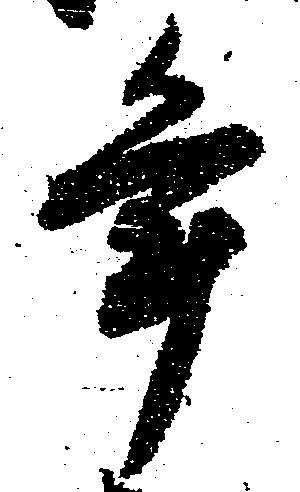
年